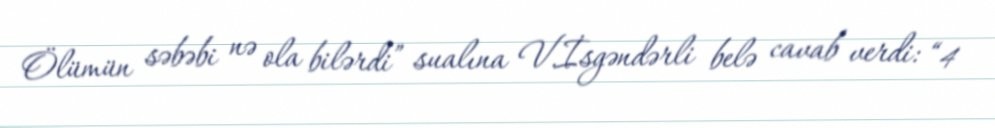
Ölümün səbəbi nə ola bilərdi” sualına V.İsgəndərli belə cavab verdi: “4